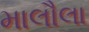
માલૌલા